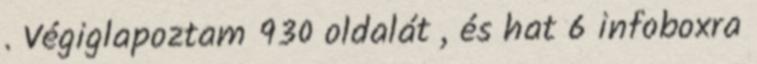
. Végiglapoztam 930 oldalát , és hat 6 infoboxra